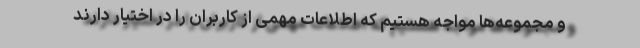
و مجموعه‌ها مواجه هستیم که اطلاعات مهمی از کاربران را در اختیار دارند